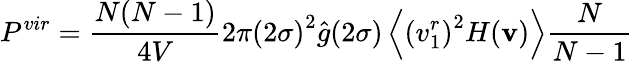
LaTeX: P^{vir}=\frac{N(N-1)}{4V}2\pi{(2\sigma)}^{2}{\hat{g}}(2\sigma)\left\langle{(v_{1}^{r})}^{2}H(\textbf{v})\right\rangle\frac{N}{N-1}